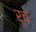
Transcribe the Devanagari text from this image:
र्च